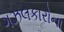
ગઝલકારોના